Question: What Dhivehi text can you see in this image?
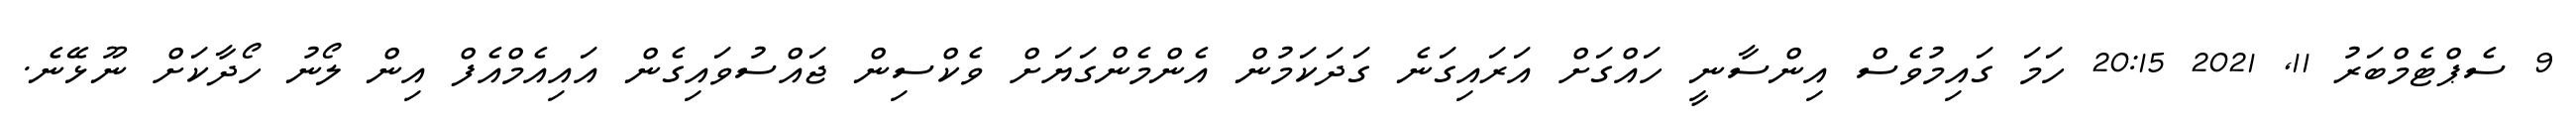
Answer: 9 ސެޕްޓެމްބަރު 11, 2021 20:15 ހަމަ ގައިމުވެސް އިންސާނީ ހައްގަށް އަރައިގަނެ ގަދަކަމުން އެންމެންގަޔަށް ވެކްސިން ޖައްސުވައިގެން އައިއެމްއެފް އިން ލޯނު ހޯދާކަށް ނޫޅޭނެ.